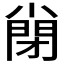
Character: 𡮣